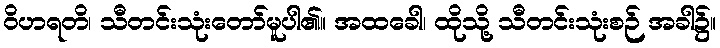
ဝိဟရတိ၊ သီတင်းသုံးတော်မူပါ၏။ အထခေါ၊ ထိုသို့ သီတင်းသုံးစဉ် အခါ၌။